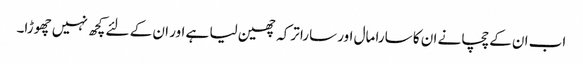
اب ان کے چچا نے ان کا سارا مال اور سارا ترکہ چھین لیا ہے اور ان کے لئے کچھ نہیں چھوڑا۔